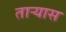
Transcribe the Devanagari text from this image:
ताऱ्यास